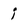
Character: i